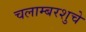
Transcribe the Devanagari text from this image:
चलाम्बरशुचे